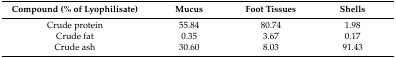
<table><thead><tr><td><b>Compound (% of Lyophilisate)</b></td><td><b>Mucus</b></td><td><b>Foot Tissues</b></td><td><b>Shells</b></td></tr></thead><tbody><tr><td>Crude protein</td><td>55.84</td><td>80.74</td><td>1.98</td></tr><tr><td>Crude fat</td><td>0.35</td><td>3.67</td><td>0.17</td></tr><tr><td>Crude ash</td><td>30.60</td><td>8.03</td><td>91.43</td></tr></tbody></table>